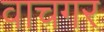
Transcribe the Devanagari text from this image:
वाचगर